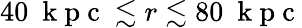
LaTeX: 40~\mathrm{~k~p~c~}\lesssim r\lesssim 80~\mathrm{~k~p~c~}